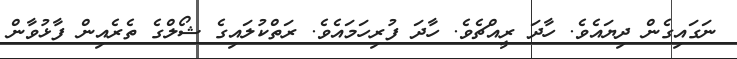
ނަގައިގެން ދިޔައެވެ. ހާދަ ރީއްޗެވެ. ހާދަ ފުރިހަމައެވެ. ރަތްކުލައިގެ ޝޯލްގެ ތެރެއިން ފާޅުވާން